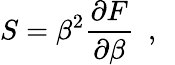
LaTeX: S=\beta^{2}{\frac{\partial F}{\partial\beta}}~~,~~